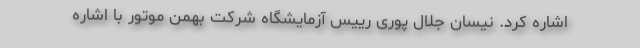
اشاره کرد. نیسان جلال پوری رییس آزمایشگاه شرکت بهمن موتور با اشاره